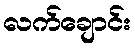
လက်ချောင်း